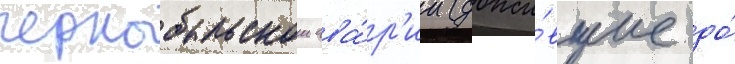
чернобыльскои ава́р'ии (дожи́вшие до́